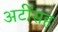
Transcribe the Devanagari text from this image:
अटींसह